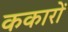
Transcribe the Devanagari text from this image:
ककारों